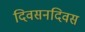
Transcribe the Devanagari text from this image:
दिवसनदिवस